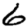
Digit: 6